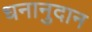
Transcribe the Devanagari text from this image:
धनानुदान